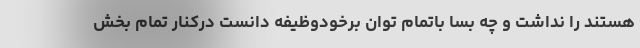
هستند را نداشت و چه بسا باتمام توان برخودوظیفه دانست درکنار تمام بخش